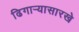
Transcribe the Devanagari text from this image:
ढिगाऱ्यासारखे